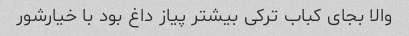
والا بجای کباب ترکی بیشتر پیاز داغ بود با خیارشور